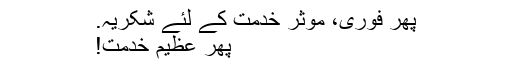
پھر فوری، موثر خدمت کے لئے شکریہ.
پھر عظیم خدمت!